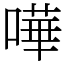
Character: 嘩